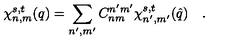
\chi _ { n , m } ^ { s , t } ( q ) = \sum _ { n ^ { \prime } , m ^ { \prime } } C _ { n m } ^ { n ^ { \prime } m ^ { \prime } } \chi _ { n ^ { \prime } , m ^ { \prime } } ^ { s , t } ( \hat { q } ) \quad .